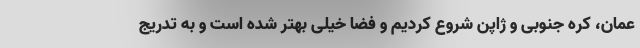
عمان، کره جنوبی و ژاپن شروع کردیم و فضا خیلی بهتر شده است و به تدریج